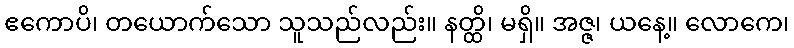
ဧကောပိ၊ တယောက်သော သူသည်လည်း။ နတ္ထိ၊ မရှိ။ အဇ္ဇ၊ ယနေ့။ လောကေ၊